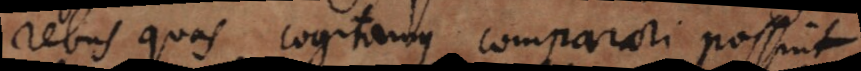
rebus quas cogitamus comparari possint,